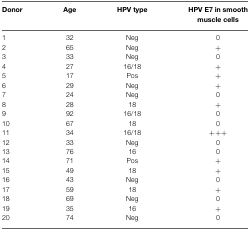
| Donor | Age | HPV type | HPV E7 in smooth muscle cells |
 | --- | --- | --- | --- |
 | 1 | 32 | Neg | 0 |
 | 2 | 65 | Neg | + |
 | 3 | 33 | Neg | 0 |
 | 4 | 27 | 16/18 | + |
 | 5 | 17 | Pos | + |
 | 6 | 29 | Neg | + |
 | 7 | 24 | Neg | 0 |
 | 8 | 28 | 18 | + |
 | 9 | 92 | 16/18 | 0 |
 | 10 | 67 | 18 | 0 |
 | 11 | 34 | 16/18 | +++ |
 | 12 | 33 | Neg | 0 |
 | 13 | 76 | 16 | 0 |
 | 14 | 71 | Pos | + |
 | 15 | 49 | 18 | + |
 | 16 | 43 | Neg | 0 |
 | 17 | 59 | 18 | + |
 | 18 | 69 | Neg | 0 |
 | 19 | 35 | 16 | + |
 | 20 | 74 | Neg | 0 |